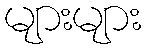
များများ